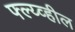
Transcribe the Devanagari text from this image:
फ्ल्य्व्हील